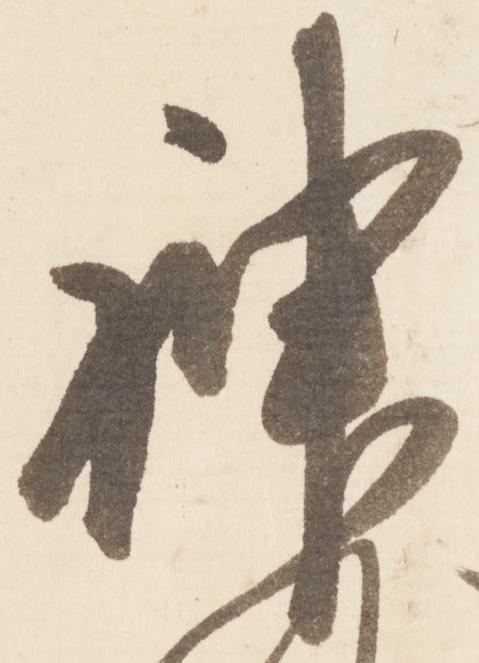
神